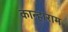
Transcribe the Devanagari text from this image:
कान्हाराम